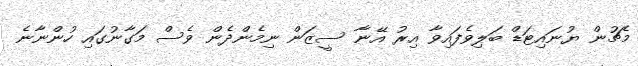
މެޗުން ޔުނައިޓަޑް ބަލިވެފައިވާ އިރު އޭނާ ސީޒަން ނިމެންދެން ވެސް މަގާނުގައި ހުންނާނެ